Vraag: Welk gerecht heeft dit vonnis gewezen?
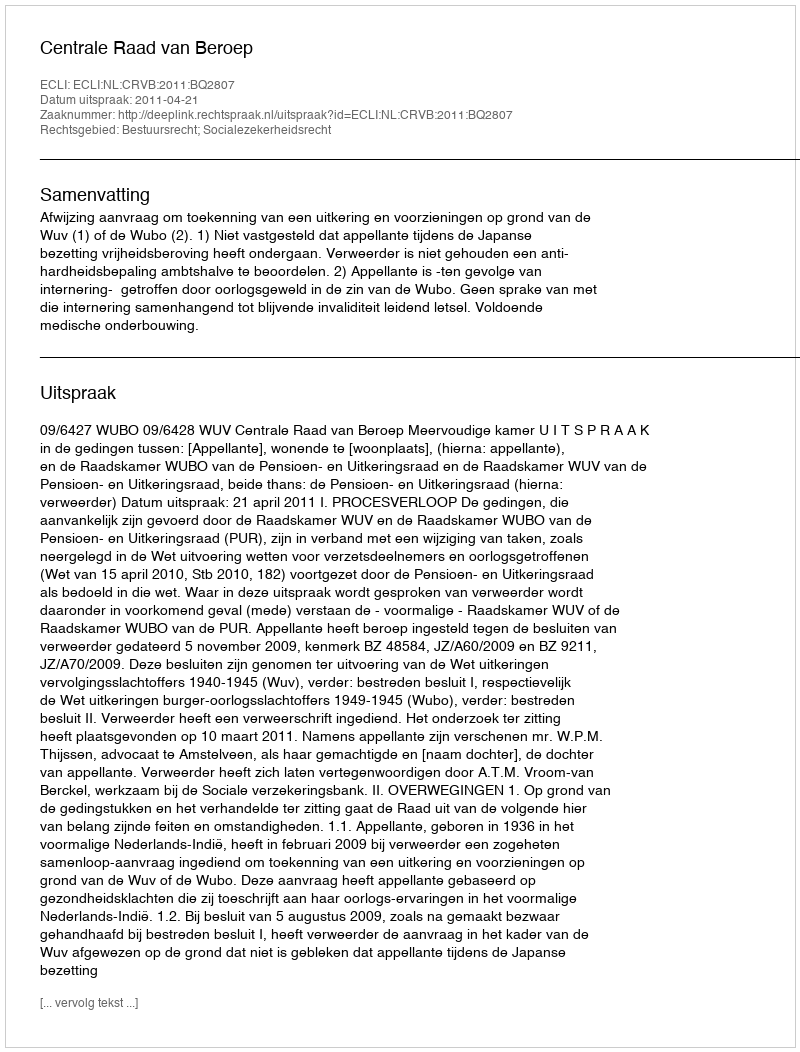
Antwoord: Centrale Raad van Beroep